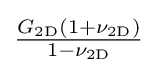
{\tfrac {G_{\mathrm {2D} }(1+\nu _{\mathrm {2D} })}{1-\nu _{\mathrm {2D} }}}